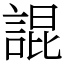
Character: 䛰